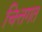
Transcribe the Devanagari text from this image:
चित्तगत